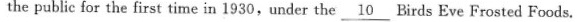
thepublic for the first time in 1930,under the\underline{10}Birds Eve Frosted Foods.